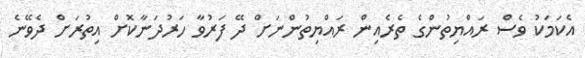
އެކަމަކު ވެސް ރައްޔިތުންގެ ތެރެއިން ރައްޔިތުންނަށް ދޭ ފަރުވާ ހަރުދަނާކޮށް އިތުރަށް ދެވޭނެ